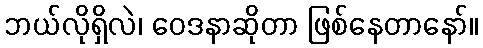
ဘယ်လိုရှိလဲ၊ ဝေဒနာဆိုတာ ဖြစ်နေတာနော်။